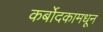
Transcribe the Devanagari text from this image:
कर्बोदकामधून